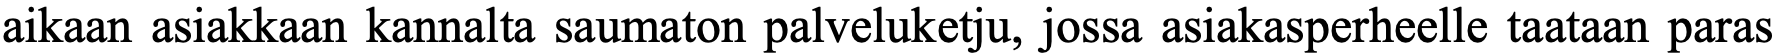
aikaan asiakkaan kannalta saumaton palveluketju, jossa asiakasperheelle taataan paras